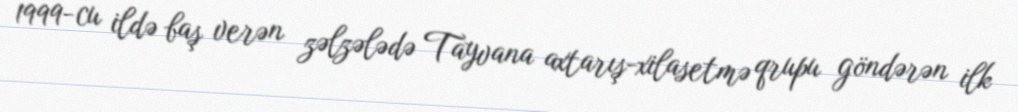
1999-cu ildə baş verən zəlzələdə Tayvana axtarış-xilasetmə qrupu göndərən ilk